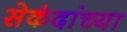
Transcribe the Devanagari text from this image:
सेकंदांच्या